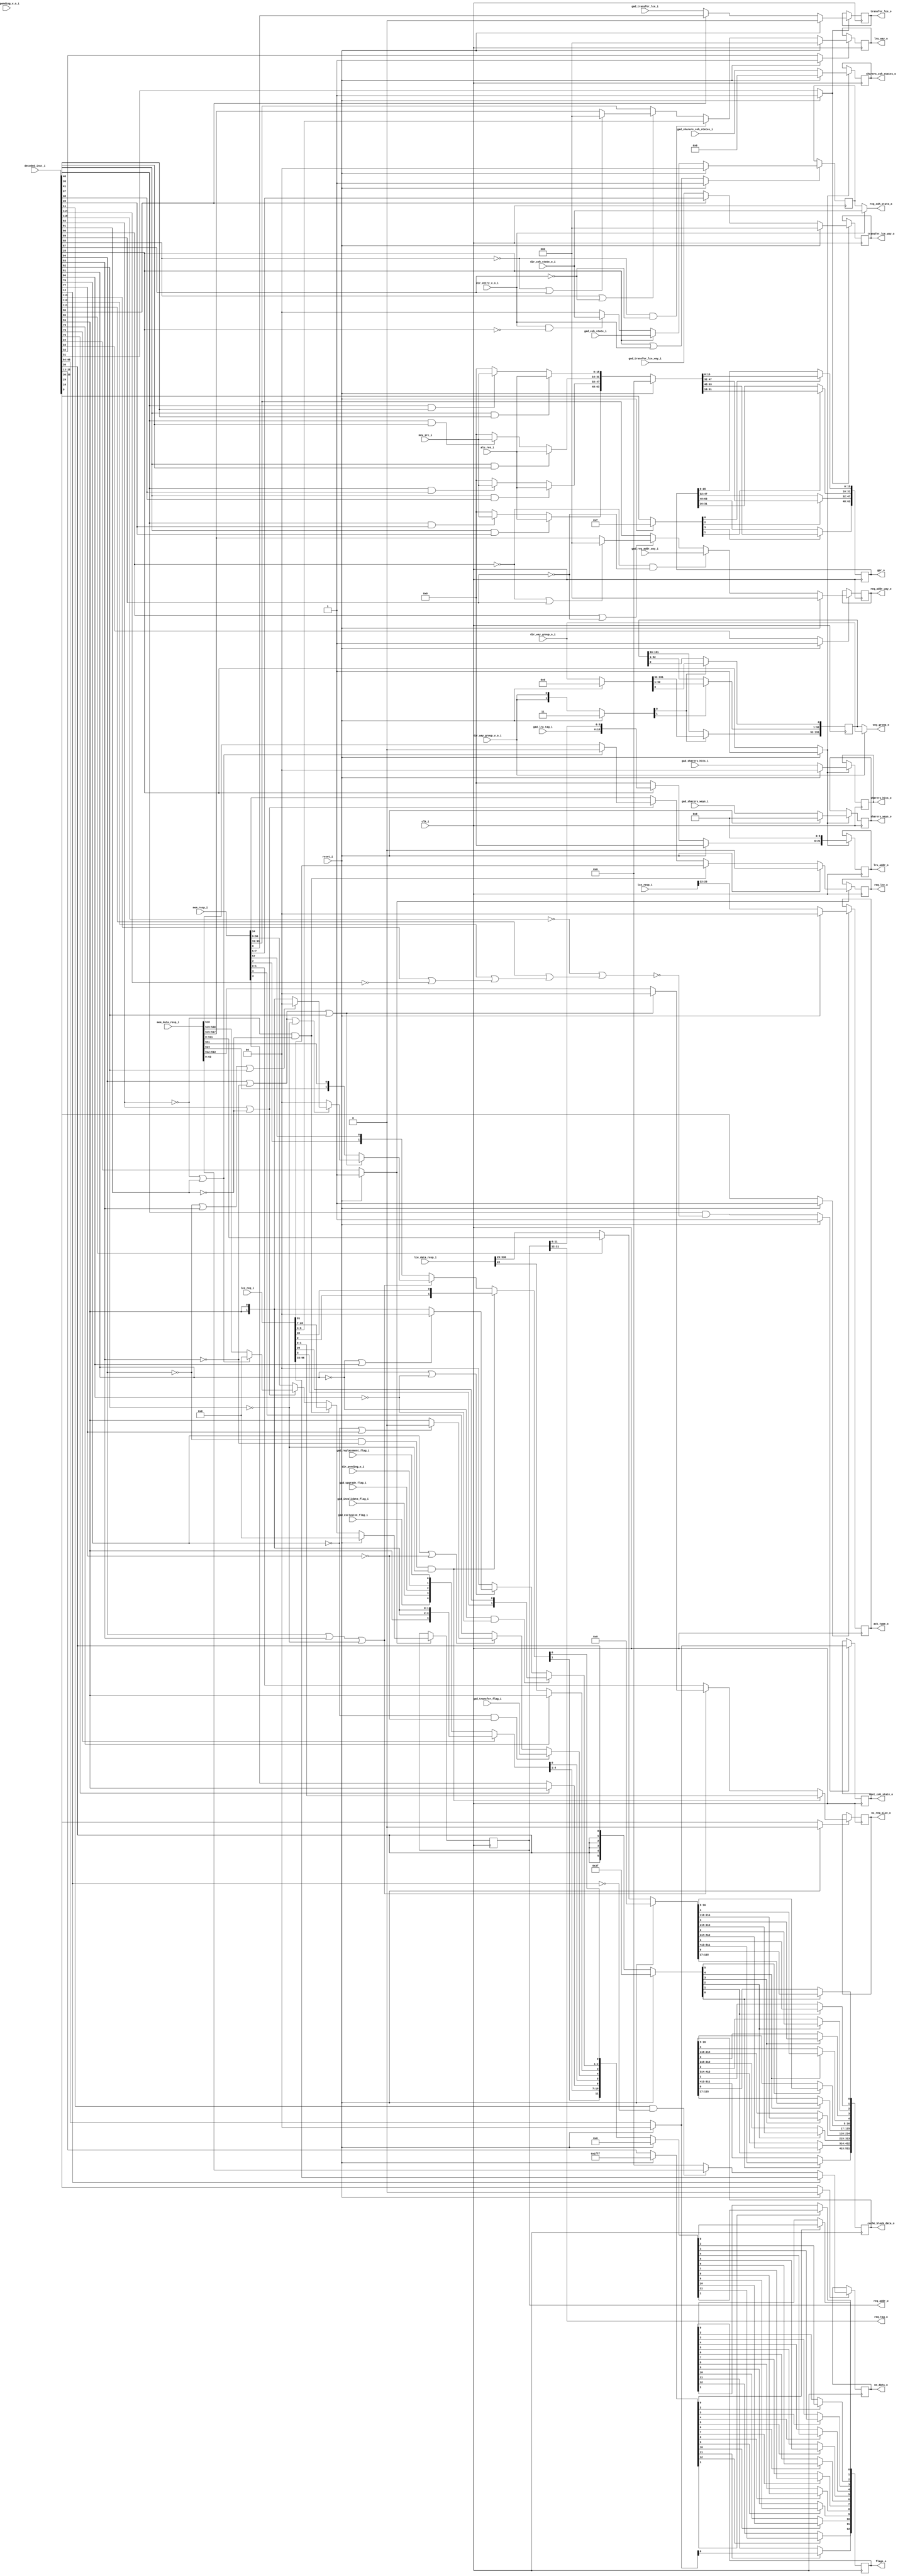
// This program was cloned from: https://github.com/NYU-MLDA/OpenABC
// License: BSD 3-Clause "New" or "Revised" License

module bp_cce_reg_num_lce_p2_num_cce_p1_addr_width_p22_lce_assoc_p8_lce_sets_p64_block_size_in_bytes_p64_lce_req_data_width_p64
(
  clk_i,
  reset_i,
  decoded_inst_i,
  lce_req_i,
  lce_data_resp_i,
  lce_resp_i,
  mem_resp_i,
  mem_data_resp_i,
  alu_res_i,
  mov_src_i,
  dir_way_group_o_i,
  dir_way_group_v_o_i,
  dir_coh_state_o_i,
  dir_entry_v_o_i,
  dir_pending_o_i,
  dir_pending_v_o_i,
  gad_sharers_hits_i,
  gad_sharers_ways_i,
  gad_sharers_coh_states_i,
  gad_req_addr_way_i,
  gad_coh_state_i,
  gad_lru_tag_i,
  gad_transfer_lce_i,
  gad_transfer_lce_way_i,
  gad_transfer_flag_i,
  gad_replacement_flag_i,
  gad_upgrade_flag_i,
  gad_invalidate_flag_i,
  gad_exclusive_flag_i,
  req_lce_o,
  req_addr_o,
  req_tag_o,
  req_addr_way_o,
  req_coh_state_o,
  lru_way_o,
  lru_addr_o,
  transfer_lce_o,
  transfer_lce_way_o,
  next_coh_state_o,
  cache_block_data_o,
  flags_o,
  gpr_o,
  ack_type_o,
  way_group_o,
  sharers_hits_o,
  sharers_ways_o,
  sharers_coh_states_o,
  nc_req_size_o,
  nc_data_o
);

  input [127:0] decoded_inst_i;
  input [96:0] lce_req_i;
  input [536:0] lce_data_resp_i;
  input [25:0] lce_resp_i;
  input [57:0] mem_resp_i;
  input [541:0] mem_data_resp_i;
  input [15:0] alu_res_i;
  input [15:0] mov_src_i;
  input [191:0] dir_way_group_o_i;
  input [1:0] dir_coh_state_o_i;
  input [1:0] gad_sharers_hits_i;
  input [5:0] gad_sharers_ways_i;
  input [3:0] gad_sharers_coh_states_i;
  input [2:0] gad_req_addr_way_i;
  input [1:0] gad_coh_state_i;
  input [9:0] gad_lru_tag_i;
  input [0:0] gad_transfer_lce_i;
  input [2:0] gad_transfer_lce_way_i;
  output [0:0] req_lce_o;
  output [21:0] req_addr_o;
  output [9:0] req_tag_o;
  output [2:0] req_addr_way_o;
  output [1:0] req_coh_state_o;
  output [2:0] lru_way_o;
  output [21:0] lru_addr_o;
  output [0:0] transfer_lce_o;
  output [2:0] transfer_lce_way_o;
  output [1:0] next_coh_state_o;
  output [511:0] cache_block_data_o;
  output [12:0] flags_o;
  output [63:0] gpr_o;
  output [1:0] ack_type_o;
  output [191:0] way_group_o;
  output [1:0] sharers_hits_o;
  output [5:0] sharers_ways_o;
  output [3:0] sharers_coh_states_o;
  output [1:0] nc_req_size_o;
  output [63:0] nc_data_o;
  input clk_i;
  input reset_i;
  input dir_way_group_v_o_i;
  input dir_entry_v_o_i;
  input dir_pending_o_i;
  input dir_pending_v_o_i;
  input gad_transfer_flag_i;
  input gad_replacement_flag_i;
  input gad_upgrade_flag_i;
  input gad_invalidate_flag_i;
  input gad_exclusive_flag_i;
  wire [9:0] req_tag_o;
  wire [1:0] req_coh_state_o,req_coh_state_n,nc_req_size_n;
  wire [191:0] way_group_o;
  wire N0,N1,N2,N3,N4,N5,N6,N7,N8,N9,N10,N11,N12,N13,N14,N15,N16,N17,N18,N19,N20,N21,
  N22,N23,N24,N25,N26,N27,N28,N29,N30,N31,N32,N33,N34,N35,N36,N37,N38,N39,N40,N41,
  N42,N43,N44,N45,N46,N47,N48,N49,N50,N51,N52,N53,N54,N55,N56,N57,N58,N59,N60,N61,
  N62,N63,N64,N65,N66,N67,N68,N69,N70,N71,N72,N73,N74,N75,N76,N77,N78,N79,N80,N81,
  N82,N83,N84,N85,N86,N87,N88,N89,N90,flags_n_12,N91,N92,N93,N94,N95,N96,N97,N98,
  N99,N100,N101,N102,N103,N104,N105,N106,N107,N108,N109,N110,N111,N112,N113,N114,
  N115,N116,N117,N118,N119,N120,N121,N122,N123,N124,N125,N126,N127,N128,N129,N130,
  N131,N132,N133,N134,N135,N136,N137,N138,N139,N140,N141,N142,N143,N144,N145,N146,
  N147,N148,N149,N150,N151,N152,N153,N154,N155,N156,N157,N158,N159,N160,N161,N162,
  N163,N164,N165,N166,N167,N168,N169,N170,N171,N172,N173,N174,N175,N176,N177,N178,
  N179,N180,N181,N182,N183,N184,N185,N186,N187,N188,N189,N190,N191,N192,N193,N194,
  N195,N196,N197,N198,N199,N200,N201,N202,N203,N204,N205,N206,N207,N208,N209,N210,
  N211,N212,N213,N214,N215,N216,N217,N218,N219,N220,N221,N222,N223,N224,N225,N226,
  N227,N228,N229,N230,N231,N232,N233,N234,N235,N236,N237,N238,N239,N240,N241,N242,
  N243,N244,N245,N246,N247,N248,N249,N250,N251,N252,N253,N254,N255,N256,N257,N258,
  N259,N260,N261,N262,N263,N264,N265,N266,N267,N268,N269,N270,N271,N272,N273,N274,
  N275,N276,N277,N278,N279,N280,N281,N282,N283,N284,N285,N286,N287,N288,N289,N290,
  N291,N292,N293,N294,N295,N296,N297,N298,N299,N300,N301,N302,N303,N304,N305,N306,
  N307,N308,N309,N310,N311,N312,N313,N314,N315,N316,N317,N318,N319,N320,N321,N322,
  N323,N324,N325,N326,N327,N328,N329,N330,N331,N332,N333,N334,N335,N336,N337,N338,
  N339,N340,N341,N342,N343,N344,N345,N346,N347,N348,N349,N350,N351,N352,N353,N354,
  N355,N356,N357,N358,N359,N360,N361,N362,N363,N364,N365,N366,N367,N368,N369,N370,
  N371,N372,N373,N374,N375,N376,N377,N378,N379,N380,N381,N382,N383,N384,N385,N386,
  N387,N388,N389,N390,N391,N392,N393,N394,N395,N396,N397,N398,N399,N400,N401,N402,
  N403,N404,N405,N406,N407,N408,N409,N410,N411,N412,N413,N414,N415,N416,N417,N418,
  N419,N420,N421,N422,N423,N424,N425,N426,N427,N428,N429,N430,N431,N432,N433,N434,
  N435,N436,N437,N438,N439,N440,N441,N442,N443,N444,N445,N446,N447,N448,N449,N450,
  N451,N452,N453,N454,N455,N456,N457,N458,N459,N460,N461,N462,N463,N464,N465,N466,
  N467,N468,N469,N470,N471,N472,N473,N474,N475,N476,N477,N478,N479,N480,N481,N482,
  N483,N484,N485,N486,N487,N488,N489,N490,N491,N492,N493,N494,N495,N496,N497,N498,
  N499,N500,N501,N502,N503,N504,N505,N506,N507,N508,N509,N510,N511,N512,N513,N514,
  N515,N516,N517,N518,N519,N520,N521,N522,N523,N524,N525,N526,N527,N528,N529,N530,
  N531,N532,N533,N534,N535,N536,N537,N538,N539,N540,N541,N542,N543,N544,N545,N546,
  N547,N548,N549,N550,N551,N552,N553,N554,N555,N556,N557,N558,N559,N560,N561,N562,
  N563,N564,N565,N566,N567,N568,N569,N570,N571,N572,N573,N574,N575,N576,N577,N578,
  N579,N580,N581,N582,N583,N584,N585,N586,N587,N588,N589,N590,N591,N592,N593,N594,
  N595,N596,N597,N598,N599,N600,N601,N602,N603,N604,N605,N606,N607,N608,N609,N610,
  N611,N612,N613,N614,N615,N616,N617,N618,N619,N620,N621,N622,N623,N624,N625,N626,
  N627,N628,N629,N630,N631,N632,N633,N634,N635,N636,N637,N638,N639,N640,N641,N642,
  N643,N644,N645,N646,N647,N648,N649,N650,N651,N652,N653,N654,N655,N656,N657,N658,
  N659,N660,N661,N662,N663,N664,N665,N666,N667,N668,N669,N670,N671,N672,N673,N674,
  N675,N676,N677,N678,N679,N680,N681,N682,N683,N684,N685,N686,N687,N688,N689,N690,
  N691,N692,N693,N694,N695,N696,N697,N698,N699,N700,N701,N702,N703,N704,N705,N706,
  N707,N708,N709,N710,N711,N712,N713,N714,N715,N716,N717,N718,N719,N720,N721,N722,
  N723,N724,N725,N726,N727,N728,N729,N730,N731,N732,N733,N734,N735,N736,N737,N738,
  N739,N740,N741,N742,N743,N744,N745,N746,N747,N748,N749,N750,N751,N752,N753,N754,
  N755,N756,N757,N758,N759,N760,N761,N762,N763,N764,N765,N766,N767,N768,N769,N770,
  N771,N772,N773,N774,N775,N776,N777,N778,N779,N780,N781,N782,N783,N784,N785,N786,
  N787,N788,N789,N790,N791,N792,N793,N794,N795,N796,N797,N798,N799,N800,N801,N802,
  N803,N804,N805,N806,N807,N808,N809,N810,N811,N812,N813,N814,N815,N816,N817,N818,
  N819,N820,N821,N822,N823,N824,N825,N826,N827,N828,N829,N830,N831,N832,N833,N834,
  N835,N836,N837,N838,N839,N840,N841,N842,N843,N844,N845,N846,N847,N848,N849,N850,
  N851,N852,N853,N854,N855,N856,N857,N858,N859,N860,N861,N862,N863,N864,N865,N866,
  N867,N868,N869,N870,N871,N872,N873,N874,N875,N876,N877,N878,N879,N880,N881,N882,
  N883,N884,N885,N886,N887,N888,N889,N890,N891,N892,N893,N894,N895,N896,N897,N898,
  N899,N900,N901,N902,N903,N904,N905,N906,N907,N908,N909,N910,N911,N912,N913,N914,
  N915,N916,N917,N918,N919,N920,N921,N922,N923,N924,N925,N926,N927,N928,N929,N930,
  N931,N932,N933,N934,N935,N936,N937,N938,N939,N940,N941,N942,N943,N944,N945,N946,
  N947,N948,N949,N950,N951,N952,N953,N954,N955,N956,N957,N958,N959,N960,N961,N962,
  N963,N964,N965,N966,N967,N968,N969,N970,N971,N972,N973,N974,N975,N976,N977,N978,
  N979,N980,N981,N982,N983,N984,N985,N986,N987,N988,N989,N990,N991,N992,N993,N994,
  N995,N996,N997,N998,N999,N1000,N1001,N1002,N1003,N1004,N1005,N1006,N1007,N1008,
  N1009,N1010,N1011,N1012,N1013,N1014,N1015,N1016,N1017,N1018,N1019,N1020,N1021,N1022,
  N1023,N1024,N1025,N1026,N1027,N1028,N1029,N1030,N1031,N1032,N1033,N1034,N1035,
  N1036,N1037,N1038,N1039,N1040,N1041,N1042,N1043,N1044,N1045,N1046,N1047,N1048,
  N1049,N1050,N1051,N1052,N1053,N1054,N1055,N1056,N1057,N1058,N1059,N1060,N1061,N1062,
  N1063,N1064,N1065,N1066,N1067,N1068,N1069,N1070,N1071,N1072,N1073,N1074,N1075,
  N1076,N1077,N1078,N1079,N1080,N1081,N1082,N1083,N1084,N1085,N1086,N1087,N1088,
  N1089,N1090,N1091,N1092,N1093,N1094,N1095,N1096,N1097,N1098,N1099,N1100,N1101,N1102,
  N1103,N1104,N1105;
  wire [0:0] req_lce_n,transfer_lce_n;
  wire [21:0] req_addr_n;
  wire [2:0] req_addr_way_n,lru_way_n,transfer_lce_way_n;
  wire [21:6] lru_addr_n;
  wire [511:0] cache_block_data_n;
  wire [10:0] flags_n;
  wire [63:0] gpr_n,nc_data_n;
  reg [1:0] nc_req_size_o,req_coh_state_r,next_coh_state_o,ack_type_o,sharers_hits_o;
  reg [0:0] req_lce_o,transfer_lce_o;
  reg [21:0] req_addr_o,lru_addr_o;
  reg [2:0] req_addr_way_o,lru_way_o,transfer_lce_way_o;
  reg [511:0] cache_block_data_o;
  reg [12:0] flags_o;
  reg [63:0] gpr_o,nc_data_o;
  reg [191:0] way_group_r;
  reg [5:0] sharers_ways_o;
  reg [3:0] sharers_coh_states_o;
  assign req_tag_o[9] = req_addr_o[21];
  assign req_tag_o[8] = req_addr_o[20];
  assign req_tag_o[7] = req_addr_o[19];
  assign req_tag_o[6] = req_addr_o[18];
  assign req_tag_o[5] = req_addr_o[17];
  assign req_tag_o[4] = req_addr_o[16];
  assign req_tag_o[3] = req_addr_o[15];
  assign req_tag_o[2] = req_addr_o[14];
  assign req_tag_o[1] = req_addr_o[13];
  assign req_tag_o[0] = req_addr_o[12];
  assign N64 = N62 & N63;
  assign N65 = decoded_inst_i[92] | N63;
  assign N67 = N62 | decoded_inst_i[91];
  assign N69 = decoded_inst_i[92] & decoded_inst_i[91];
  assign N72 = N70 & N71;
  assign N73 = decoded_inst_i[90] | N71;
  assign N75 = N70 | decoded_inst_i[89];
  assign N77 = decoded_inst_i[90] & decoded_inst_i[89];
  assign N82 = N80 & N81;
  assign N83 = decoded_inst_i[88] | N81;
  assign N85 = N80 | decoded_inst_i[87];
  assign N87 = decoded_inst_i[88] & decoded_inst_i[87];
  assign N94 = N91 & N92;
  assign N95 = N94 & N93;
  assign N96 = decoded_inst_i[84] | decoded_inst_i[83];
  assign N97 = N96 | N93;
  assign N99 = decoded_inst_i[84] | N92;
  assign N100 = N99 | decoded_inst_i[82];
  assign N102 = N99 | N93;
  assign N104 = N91 | decoded_inst_i[83];
  assign N105 = N104 | decoded_inst_i[82];
  assign N107 = decoded_inst_i[84] & decoded_inst_i[82];
  assign N108 = decoded_inst_i[84] & decoded_inst_i[83];
  assign N112 = N110 & N111;
  assign N113 = decoded_inst_i[81] | N111;
  assign N115 = N110 | decoded_inst_i[80];
  assign N117 = decoded_inst_i[81] & decoded_inst_i[80];
  assign N121 = N119 & N120;
  assign N122 = decoded_inst_i[78] | N120;
  assign N124 = N119 | decoded_inst_i[77];
  assign N126 = decoded_inst_i[78] & decoded_inst_i[77];
  assign N1099 = ~decoded_inst_i[114];
  assign N1100 = ~decoded_inst_i[110];
  assign N1101 = decoded_inst_i[113] | N1099;
  assign N1102 = decoded_inst_i[112] | N1101;
  assign N1103 = decoded_inst_i[111] | N1102;
  assign N1104 = N1100 | N1103;
  assign N1105 = ~N1104;
  assign req_coh_state_o = (N0)? dir_coh_state_o_i :
                           (N1)? req_coh_state_r : 1'b0;
  assign N0 = dir_entry_v_o_i;
  assign N1 = N60;
  assign way_group_o = (N2)? dir_way_group_o_i :
                       (N3)? way_group_r : 1'b0;
  assign N2 = dir_way_group_v_o_i;
  assign N3 = N61;
  assign req_lce_n[0] = (N4)? lce_req_i[31] :
                        (N5)? mem_resp_i[34] :
                        (N6)? mem_data_resp_i[518] :
                        (N7)? 1'b0 : 1'b0;
  assign N4 = N64;
  assign N5 = N66;
  assign N6 = N68;
  assign N7 = N69;
  assign req_addr_n = (N4)? lce_req_i[28:7] :
                      (N5)? mem_resp_i[30:9] :
                      (N6)? mem_data_resp_i[540:519] :
                      (N7)? { 1'b0, 1'b0, 1'b0, 1'b0, 1'b0, 1'b0, 1'b0, 1'b0, 1'b0, 1'b0, 1'b0, 1'b0, 1'b0, 1'b0, 1'b0, 1'b0, 1'b0, 1'b0, 1'b0, 1'b0, 1'b0, 1'b0 } : 1'b0;
  assign req_addr_way_n = (N8)? gad_req_addr_way_i :
                          (N9)? mem_resp_i[33:31] :
                          (N10)? mem_data_resp_i[517:515] :
                          (N11)? { 1'b0, 1'b0, 1'b0 } : 1'b0;
  assign N8 = N72;
  assign N9 = N74;
  assign N10 = N76;
  assign N11 = N77;
  assign req_coh_state_n = (N12)? gad_coh_state_i :
                           (N211)? dir_coh_state_o_i :
                           (N79)? { 1'b0, 1'b0 } : 1'b0;
  assign N12 = decoded_inst_i[28];
  assign lru_way_n = (N13)? lce_req_i[6:4] :
                     (N14)? mem_resp_i[33:31] :
                     (N15)? mem_data_resp_i[517:515] :
                     (N16)? { 1'b0, 1'b0, 1'b0 } : 1'b0;
  assign N13 = N82;
  assign N14 = N84;
  assign N15 = N86;
  assign N16 = N87;
  assign lru_addr_n = (N12)? { gad_lru_tag_i, req_addr_o[11:6] } :
                      (N88)? { 1'b0, 1'b0, 1'b0, 1'b0, 1'b0, 1'b0, 1'b0, 1'b0, 1'b0, 1'b0, 1'b0, 1'b0, 1'b0, 1'b0, 1'b0, 1'b0 } : 1'b0;
  assign transfer_lce_n[0] = (N17)? gad_transfer_lce_i[0] :
                             (N18)? mem_resp_i[8] : 1'b0;
  assign N17 = N89;
  assign N18 = decoded_inst_i[86];
  assign transfer_lce_way_n = (N17)? gad_transfer_lce_way_i :
                              (N18)? mem_resp_i[7:5] : 1'b0;
  assign cache_block_data_n = (N19)? lce_data_resp_i[536:25] :
                              (N20)? mem_data_resp_i[511:0] : 1'b0;
  assign N19 = N90;
  assign N20 = decoded_inst_i[85];
  assign { flags_n_12, flags_n[0:0] } = (N21)? { lce_req_i[2:2], lce_req_i[30:30] } :
                                        (N22)? { mem_resp_i[2:2], mem_resp_i[57:57] } :
                                        (N23)? { mem_data_resp_i[514:514], mem_data_resp_i[541:541] } :
                                        (N24)? { 1'b0, 1'b0 } :
                                        (N25)? { decoded_inst_i[94:94], decoded_inst_i[94:94] } :
                                        (N26)? { 1'b0, 1'b0 } : 1'b0;
  assign N21 = N95;
  assign N22 = N98;
  assign N23 = N101;
  assign N24 = N103;
  assign N25 = N106;
  assign N26 = N109;
  assign nc_req_size_n = (N21)? lce_req_i[1:0] :
                         (N22)? mem_resp_i[1:0] :
                         (N23)? mem_data_resp_i[513:512] :
                         (N24)? { 1'b0, 1'b0 } :
                         (N25)? { 1'b0, 1'b0 } :
                         (N26)? { 1'b0, 1'b0 } : 1'b0;
  assign flags_n[2:1] = (N27)? { lce_req_i[3:3], lce_req_i[29:29] } :
                        (N28)? { 1'b0, 1'b0 } :
                        (N29)? { decoded_inst_i[94:94], decoded_inst_i[94:94] } :
                        (N30)? { 1'b0, 1'b0 } : 1'b0;
  assign N27 = N112;
  assign N28 = N114;
  assign N29 = N116;
  assign N30 = N117;
  assign flags_n[3] = (N31)? lce_data_resp_i[22] :
                      (N32)? decoded_inst_i[94] : 1'b0;
  assign N31 = N118;
  assign N32 = decoded_inst_i[79];
  assign flags_n[4] = (N33)? gad_transfer_flag_i :
                      (N34)? mem_resp_i[4] :
                      (N35)? decoded_inst_i[94] :
                      (N36)? 1'b0 : 1'b0;
  assign N33 = N121;
  assign N34 = N123;
  assign N35 = N125;
  assign N36 = N126;
  assign { flags_n[10:7], flags_n[5:5] } = (N37)? { gad_exclusive_flag_i, gad_invalidate_flag_i, gad_upgrade_flag_i, dir_pending_o_i, gad_replacement_flag_i } :
                                           (N38)? { decoded_inst_i[94:94], decoded_inst_i[94:94], decoded_inst_i[94:94], decoded_inst_i[94:94], decoded_inst_i[94:94] } : 1'b0;
  assign N37 = N127;
  assign N38 = decoded_inst_i[76];
  assign flags_n[6] = (N39)? mem_resp_i[3] :
                      (N40)? decoded_inst_i[94] : 1'b0;
  assign N39 = N128;
  assign N40 = decoded_inst_i[75];
  assign { N148, N147, N146, N145, N144, N143, N142, N141, N140, N139, N138, N137, N136, N135, N134, N133 } = (N41)? mov_src_i :
                                                                                                              (N42)? { 1'b0, 1'b0, 1'b0, 1'b0, 1'b0, 1'b0, 1'b0, 1'b0, 1'b0, 1'b0, 1'b0, 1'b0, 1'b0, 1'b0, 1'b0, 1'b0 } : 1'b0;
  assign N41 = N131;
  assign N42 = N132;
  assign gpr_n[15:0] = (N43)? alu_res_i :
                       (N44)? { N148, N147, N146, N145, N144, N143, N142, N141, N140, N139, N138, N137, N136, N135, N134, N133 } : 1'b0;
  assign N43 = N129;
  assign N44 = N130;
  assign { N168, N167, N166, N165, N164, N163, N162, N161, N160, N159, N158, N157, N156, N155, N154, N153 } = (N45)? mov_src_i :
                                                                                                              (N46)? { 1'b0, 1'b0, 1'b0, 1'b0, 1'b0, 1'b0, 1'b0, 1'b0, 1'b0, 1'b0, 1'b0, 1'b0, 1'b0, 1'b0, 1'b0, 1'b0 } : 1'b0;
  assign N45 = N151;
  assign N46 = N152;
  assign gpr_n[31:16] = (N47)? alu_res_i :
                        (N48)? { N168, N167, N166, N165, N164, N163, N162, N161, N160, N159, N158, N157, N156, N155, N154, N153 } : 1'b0;
  assign N47 = N149;
  assign N48 = N150;
  assign { N188, N187, N186, N185, N184, N183, N182, N181, N180, N179, N178, N177, N176, N175, N174, N173 } = (N49)? mov_src_i :
                                                                                                              (N50)? { 1'b0, 1'b0, 1'b0, 1'b0, 1'b0, 1'b0, 1'b0, 1'b0, 1'b0, 1'b0, 1'b0, 1'b0, 1'b0, 1'b0, 1'b0, 1'b0 } : 1'b0;
  assign N49 = N171;
  assign N50 = N172;
  assign gpr_n[47:32] = (N51)? alu_res_i :
                        (N52)? { N188, N187, N186, N185, N184, N183, N182, N181, N180, N179, N178, N177, N176, N175, N174, N173 } : 1'b0;
  assign N51 = N169;
  assign N52 = N170;
  assign { N208, N207, N206, N205, N204, N203, N202, N201, N200, N199, N198, N197, N196, N195, N194, N193 } = (N53)? mov_src_i :
                                                                                                              (N54)? { 1'b0, 1'b0, 1'b0, 1'b0, 1'b0, 1'b0, 1'b0, 1'b0, 1'b0, 1'b0, 1'b0, 1'b0, 1'b0, 1'b0, 1'b0, 1'b0 } : 1'b0;
  assign N53 = N191;
  assign N54 = N192;
  assign gpr_n[63:48] = (N55)? alu_res_i :
                        (N56)? { N208, N207, N206, N205, N204, N203, N202, N201, N200, N199, N198, N197, N196, N195, N194, N193 } : 1'b0;
  assign N55 = N189;
  assign N56 = N190;
  assign nc_data_n = (N57)? lce_req_i[96:33] :
                     (N213)? mem_data_resp_i[63:0] :
                     (N210)? { 1'b0, 1'b0, 1'b0, 1'b0, 1'b0, 1'b0, 1'b0, 1'b0, 1'b0, 1'b0, 1'b0, 1'b0, 1'b0, 1'b0, 1'b0, 1'b0, 1'b0, 1'b0, 1'b0, 1'b0, 1'b0, 1'b0, 1'b0, 1'b0, 1'b0, 1'b0, 1'b0, 1'b0, 1'b0, 1'b0, 1'b0, 1'b0, 1'b0, 1'b0, 1'b0, 1'b0, 1'b0, 1'b0, 1'b0, 1'b0, 1'b0, 1'b0, 1'b0, 1'b0, 1'b0, 1'b0, 1'b0, 1'b0, 1'b0, 1'b0, 1'b0, 1'b0, 1'b0, 1'b0, 1'b0, 1'b0, 1'b0, 1'b0, 1'b0, 1'b0, 1'b0, 1'b0, 1'b0, 1'b0 } : 1'b0;
  assign N57 = decoded_inst_i[12];
  assign N217 = (N58)? 1'b1 :
                (N59)? decoded_inst_i[34] : 1'b0;
  assign N58 = reset_i;
  assign N59 = N214;
  assign N218 = (N58)? 1'b0 :
                (N59)? req_lce_n[0] : 1'b0;
  assign { N240, N239, N238, N237, N236, N235, N234, N233, N232, N231, N230, N229, N228, N227, N226, N225, N224, N223, N222, N221, N220, N219 } = (N58)? { 1'b0, 1'b0, 1'b0, 1'b0, 1'b0, 1'b0, 1'b0, 1'b0, 1'b0, 1'b0, 1'b0, 1'b0, 1'b0, 1'b0, 1'b0, 1'b0, 1'b0, 1'b0, 1'b0, 1'b0, 1'b0, 1'b0 } :
                                                                                                                                                  (N59)? req_addr_n : 1'b0;
  assign N241 = (N58)? 1'b1 :
                (N59)? decoded_inst_i[33] : 1'b0;
  assign { N244, N243, N242 } = (N58)? { 1'b0, 1'b0, 1'b0 } :
                                (N59)? req_addr_way_n : 1'b0;
  assign N245 = (N58)? 1'b1 :
                (N59)? N215 : 1'b0;
  assign { N247, N246 } = (N58)? { 1'b0, 1'b0 } :
                          (N59)? req_coh_state_n : 1'b0;
  assign N248 = (N58)? 1'b1 :
                (N59)? decoded_inst_i[32] : 1'b0;
  assign { N251, N250, N249 } = (N58)? { 1'b0, 1'b0, 1'b0 } :
                                (N59)? lru_way_n : 1'b0;
  assign N252 = (N58)? 1'b1 :
                (N59)? decoded_inst_i[28] : 1'b0;
  assign { N268, N267, N266, N265, N264, N263, N262, N261, N260, N259, N258, N257, N256, N255, N254, N253 } = (N58)? { 1'b0, 1'b0, 1'b0, 1'b0, 1'b0, 1'b0, 1'b0, 1'b0, 1'b0, 1'b0, 1'b0, 1'b0, 1'b0, 1'b0, 1'b0, 1'b0 } :
                                                                                                              (N59)? lru_addr_n : 1'b0;
  assign N269 = (N58)? 1'b1 :
                (N59)? decoded_inst_i[31] : 1'b0;
  assign N270 = (N58)? 1'b0 :
                (N59)? transfer_lce_n[0] : 1'b0;
  assign { N273, N272, N271 } = (N58)? { 1'b0, 1'b0, 1'b0 } :
                                (N59)? transfer_lce_way_n : 1'b0;
  assign N274 = (N58)? 1'b1 :
                (N59)? N216 : 1'b0;
  assign { N276, N275 } = (N58)? { 1'b0, 1'b0 } :
                          (N59)? decoded_inst_i[95:94] : 1'b0;
  assign { N287, N285, N283, N281, N279, N277 } = (N58)? { 1'b1, 1'b1, 1'b1, 1'b1, 1'b1, 1'b1 } :
                                                  (N59)? { decoded_inst_i[30:30], decoded_inst_i[30:30], decoded_inst_i[30:30], decoded_inst_i[30:30], decoded_inst_i[30:30], decoded_inst_i[30:30] } : 1'b0;
  assign { N794, N793, N792, N791, N790, N789, N788, N787, N786, N785, N784, N783, N782, N781, N780, N779, N778, N777, N776, N775, N774, N773, N772, N771, N770, N769, N768, N767, N766, N765, N764, N763, N762, N761, N760, N759, N758, N757, N756, N755, N754, N753, N752, N751, N750, N749, N748, N747, N746, N745, N744, N743, N742, N741, N740, N739, N738, N737, N736, N735, N734, N733, N732, N731, N730, N729, N728, N727, N726, N725, N724, N723, N722, N721, N720, N719, N718, N717, N716, N715, N714, N713, N712, N711, N710, N709, N708, N707, N706, N705, N704, N703, N702, N701, N700, N699, N698, N697, N696, N695, N694, N693, N692, N691, N690, N689, N688, N687, N686, N685, N684, N683, N682, N681, N680, N679, N678, N677, N676, N675, N674, N673, N672, N671, N670, N669, N668, N667, N666, N665, N664, N663, N662, N661, N660, N659, N658, N657, N656, N655, N654, N653, N652, N651, N650, N649, N648, N647, N646, N645, N644, N643, N642, N641, N640, N639, N638, N637, N636, N635, N634, N633, N632, N631, N630, N629, N628, N627, N626, N625, N624, N623, N622, N621, N620, N619, N618, N617, N616, N615, N614, N613, N612, N611, N610, N609, N608, N607, N606, N605, N604, N603, N602, N601, N600, N599, N598, N597, N596, N595, N594, N593, N592, N591, N590, N589, N588, N587, N586, N585, N584, N583, N582, N581, N580, N579, N578, N577, N576, N575, N574, N573, N572, N571, N570, N569, N568, N567, N566, N565, N564, N563, N562, N561, N560, N559, N558, N557, N556, N555, N554, N553, N552, N551, N550, N549, N548, N547, N546, N545, N544, N543, N542, N541, N540, N539, N538, N537, N536, N535, N534, N533, N532, N531, N530, N529, N528, N527, N526, N525, N524, N523, N522, N521, N520, N519, N518, N517, N516, N515, N514, N513, N512, N511, N510, N509, N508, N507, N506, N505, N504, N503, N502, N501, N500, N499, N498, N497, N496, N495, N494, N493, N492, N491, N490, N489, N488, N487, N486, N485, N484, N483, N482, N481, N480, N479, N478, N477, N476, N475, N474, N473, N472, N471, N470, N469, N468, N467, N466, N465, N464, N463, N462, N461, N460, N459, N458, N457, N456, N455, N454, N453, N452, N451, N450, N449, N448, N447, N446, N445, N444, N443, N442, N441, N440, N439, N438, N437, N436, N435, N434, N433, N432, N431, N430, N429, N428, N427, N426, N425, N424, N423, N422, N421, N420, N419, N418, N417, N416, N415, N414, N413, N412, N411, N410, N409, N408, N407, N406, N405, N404, N403, N402, N401, N400, N399, N398, N397, N396, N395, N394, N393, N392, N391, N390, N389, N388, N387, N386, N385, N384, N383, N382, N381, N380, N379, N378, N377, N376, N375, N374, N373, N372, N371, N370, N369, N368, N367, N366, N365, N364, N363, N362, N361, N360, N359, N358, N357, N356, N355, N354, N353, N352, N351, N350, N349, N348, N347, N346, N345, N344, N343, N342, N341, N340, N339, N338, N337, N336, N335, N334, N333, N332, N331, N330, N329, N328, N327, N326, N325, N324, N323, N322, N321, N320, N319, N318, N317, N316, N315, N314, N313, N312, N311, N310, N309, N308, N307, N306, N305, N304, N303, N302, N301, N300, N299, N298, N297, N296, N295, N294, N293, N292, N291, N290, N289, N288, N286, N284, N282, N280, N278 } = (N58)? { 1'b0, 1'b0, 1'b0, 1'b0, 1'b0, 1'b0, 1'b0, 1'b0, 1'b0, 1'b0, 1'b0, 1'b0, 1'b0, 1'b0, 1'b0, 1'b0, 1'b0, 1'b0, 1'b0, 1'b0, 1'b0, 1'b0, 1'b0, 1'b0, 1'b0, 1'b0, 1'b0, 1'b0, 1'b0, 1'b0, 1'b0, 1'b0, 1'b0, 1'b0, 1'b0, 1'b0, 1'b0, 1'b0, 1'b0, 1'b0, 1'b0, 1'b0, 1'b0, 1'b0, 1'b0, 1'b0, 1'b0, 1'b0, 1'b0, 1'b0, 1'b0, 1'b0, 1'b0, 1'b0, 1'b0, 1'b0, 1'b0, 1'b0, 1'b0, 1'b0, 1'b0, 1'b0, 1'b0, 1'b0, 1'b0, 1'b0, 1'b0, 1'b0, 1'b0, 1'b0, 1'b0, 1'b0, 1'b0, 1'b0, 1'b0, 1'b0, 1'b0, 1'b0, 1'b0, 1'b0, 1'b0, 1'b0, 1'b0, 1'b0, 1'b0, 1'b0, 1'b0, 1'b0, 1'b0, 1'b0, 1'b0, 1'b0, 1'b0, 1'b0, 1'b0, 1'b0, 1'b0, 1'b0, 1'b0, 1'b0, 1'b0, 1'b0, 1'b0, 1'b0, 1'b0, 1'b0, 1'b0, 1'b0, 1'b0, 1'b0, 1'b0, 1'b0, 1'b0, 1'b0, 1'b0, 1'b0, 1'b0, 1'b0, 1'b0, 1'b0, 1'b0, 1'b0, 1'b0, 1'b0, 1'b0, 1'b0, 1'b0, 1'b0, 1'b0, 1'b0, 1'b0, 1'b0, 1'b0, 1'b0, 1'b0, 1'b0, 1'b0, 1'b0, 1'b0, 1'b0, 1'b0, 1'b0, 1'b0, 1'b0, 1'b0, 1'b0, 1'b0, 1'b0, 1'b0, 1'b0, 1'b0, 1'b0, 1'b0, 1'b0, 1'b0, 1'b0, 1'b0, 1'b0, 1'b0, 1'b0, 1'b0, 1'b0, 1'b0, 1'b0, 1'b0, 1'b0, 1'b0, 1'b0, 1'b0, 1'b0, 1'b0, 1'b0, 1'b0, 1'b0, 1'b0, 1'b0, 1'b0, 1'b0, 1'b0, 1'b0, 1'b0, 1'b0, 1'b0, 1'b0, 1'b0, 1'b0, 1'b0, 1'b0, 1'b0, 1'b0, 1'b0, 1'b0, 1'b0, 1'b0, 1'b0, 1'b0, 1'b0, 1'b0, 1'b0, 1'b0, 1'b0, 1'b0, 1'b0, 1'b0, 1'b0, 1'b0, 1'b0, 1'b0, 1'b0, 1'b0, 1'b0, 1'b0, 1'b0, 1'b0, 1'b0, 1'b0, 1'b0, 1'b0, 1'b0, 1'b0, 1'b0, 1'b0, 1'b0, 1'b0, 1'b0, 1'b0, 1'b0, 1'b0, 1'b0, 1'b0, 1'b0, 1'b0, 1'b0, 1'b0, 1'b0, 1'b0, 1'b0, 1'b0, 1'b0, 1'b0, 1'b0, 1'b0, 1'b0, 1'b0, 1'b0, 1'b0, 1'b0, 1'b0, 1'b0, 1'b0, 1'b0, 1'b0, 1'b0, 1'b0, 1'b0, 1'b0, 1'b0, 1'b0, 1'b0, 1'b0, 1'b0, 1'b0, 1'b0, 1'b0, 1'b0, 1'b0, 1'b0, 1'b0, 1'b0, 1'b0, 1'b0, 1'b0, 1'b0, 1'b0, 1'b0, 1'b0, 1'b0, 1'b0, 1'b0, 1'b0, 1'b0, 1'b0, 1'b0, 1'b0, 1'b0, 1'b0, 1'b0, 1'b0, 1'b0, 1'b0, 1'b0, 1'b0, 1'b0, 1'b0, 1'b0, 1'b0, 1'b0, 1'b0, 1'b0, 1'b0, 1'b0, 1'b0, 1'b0, 1'b0, 1'b0, 1'b0, 1'b0, 1'b0, 1'b0, 1'b0, 1'b0, 1'b0, 1'b0, 1'b0, 1'b0, 1'b0, 1'b0, 1'b0, 1'b0, 1'b0, 1'b0, 1'b0, 1'b0, 1'b0, 1'b0, 1'b0, 1'b0, 1'b0, 1'b0, 1'b0, 1'b0, 1'b0, 1'b0, 1'b0, 1'b0, 1'b0, 1'b0, 1'b0, 1'b0, 1'b0, 1'b0, 1'b0, 1'b0, 1'b0, 1'b0, 1'b0, 1'b0, 1'b0, 1'b0, 1'b0, 1'b0, 1'b0, 1'b0, 1'b0, 1'b0, 1'b0, 1'b0, 1'b0, 1'b0, 1'b0, 1'b0, 1'b0, 1'b0, 1'b0, 1'b0, 1'b0, 1'b0, 1'b0, 1'b0, 1'b0, 1'b0, 1'b0, 1'b0, 1'b0, 1'b0, 1'b0, 1'b0, 1'b0, 1'b0, 1'b0, 1'b0, 1'b0, 1'b0, 1'b0, 1'b0, 1'b0, 1'b0, 1'b0, 1'b0, 1'b0, 1'b0, 1'b0, 1'b0, 1'b0, 1'b0, 1'b0, 1'b0, 1'b0, 1'b0, 1'b0, 1'b0, 1'b0, 1'b0, 1'b0, 1'b0, 1'b0, 1'b0, 1'b0, 1'b0, 1'b0, 1'b0, 1'b0, 1'b0, 1'b0, 1'b0, 1'b0, 1'b0, 1'b0, 1'b0, 1'b0, 1'b0, 1'b0, 1'b0, 1'b0, 1'b0, 1'b0, 1'b0, 1'b0, 1'b0, 1'b0, 1'b0, 1'b0, 1'b0, 1'b0, 1'b0, 1'b0, 1'b0, 1'b0, 1'b0, 1'b0, 1'b0, 1'b0, 1'b0, 1'b0, 1'b0, 1'b0, 1'b0, 1'b0, 1'b0, 1'b0, 1'b0, 1'b0, 1'b0, 1'b0, 1'b0, 1'b0, 1'b0, 1'b0, 1'b0, 1'b0, 1'b0, 1'b0, 1'b0, 1'b0, 1'b0, 1'b0, 1'b0, 1'b0, 1'b0, 1'b0, 1'b0, 1'b0, 1'b0, 1'b0, 1'b0, 1'b0, 1'b0, 1'b0, 1'b0, 1'b0, 1'b0, 1'b0, 1'b0, 1'b0, 1'b0, 1'b0, 1'b0, 1'b0, 1'b0, 1'b0, 1'b0, 1'b0, 1'b0, 1'b0, 1'b0, 1'b0, 1'b0, 1'b0, 1'b0, 1'b0, 1'b0, 1'b0, 1'b0, 1'b0, 1'b0, 1'b0, 1'b0, 1'b0, 1'b0, 1'b0, 1'b0, 1'b0 } :
                                                                                                                                                                                                                                                                                                                                                                                                                                                                                                                                                                                                                                                                                                                                                                                                                                                                                                                                                                                                                                                                                                                                                                                                                                                                                                                                                                                                                                                                                                                                                                                                                                                                                                                                                                                                                                                                                                                                                                                                                                                                                                                                                                                                                                                                                                                                                                                                                                                                                                                                                                                                                                                                                                                                                                                                                                                                                                                                                                                                                                                                                                                                                                                                              (N59)? cache_block_data_n : 1'b0;
  assign { N818, N817, N815, N813, N811, N809, N807, N805, N803, N801, N799, N797, N795 } = (N58)? { 1'b1, 1'b1, 1'b1, 1'b1, 1'b1, 1'b1, 1'b1, 1'b1, 1'b1, 1'b1, 1'b1, 1'b1, 1'b1 } :
                                                                                            (N59)? decoded_inst_i[25:13] : 1'b0;
  assign { N819, N816, N814, N812, N810, N808, N806, N804, N802, N800, N798, N796 } = (N58)? { 1'b0, 1'b0, 1'b0, 1'b0, 1'b0, 1'b0, 1'b0, 1'b0, 1'b0, 1'b0, 1'b0, 1'b0 } :
                                                                                      (N59)? { flags_n_12, flags_n } : 1'b0;
  assign { N871, N854, N837, N820 } = (N58)? { 1'b1, 1'b1, 1'b1, 1'b1 } :
                                      (N59)? decoded_inst_i[39:36] : 1'b0;
  assign { N887, N886, N885, N884, N883, N882, N881, N880, N879, N878, N877, N876, N875, N874, N873, N872, N870, N869, N868, N867, N866, N865, N864, N863, N862, N861, N860, N859, N858, N857, N856, N855, N853, N852, N851, N850, N849, N848, N847, N846, N845, N844, N843, N842, N841, N840, N839, N838, N836, N835, N834, N833, N832, N831, N830, N829, N828, N827, N826, N825, N824, N823, N822, N821 } = (N58)? { 1'b0, 1'b0, 1'b0, 1'b0, 1'b0, 1'b0, 1'b0, 1'b0, 1'b0, 1'b0, 1'b0, 1'b0, 1'b0, 1'b0, 1'b0, 1'b0, 1'b0, 1'b0, 1'b0, 1'b0, 1'b0, 1'b0, 1'b0, 1'b0, 1'b0, 1'b0, 1'b0, 1'b0, 1'b0, 1'b0, 1'b0, 1'b0, 1'b0, 1'b0, 1'b0, 1'b0, 1'b0, 1'b0, 1'b0, 1'b0, 1'b0, 1'b0, 1'b0, 1'b0, 1'b0, 1'b0, 1'b0, 1'b0, 1'b0, 1'b0, 1'b0, 1'b0, 1'b0, 1'b0, 1'b0, 1'b0, 1'b0, 1'b0, 1'b0, 1'b0, 1'b0, 1'b0, 1'b0, 1'b0 } :
                                                                                                                                                                                                                                                                                                                                                                                                              (N59)? gpr_n : 1'b0;
  assign N888 = (N58)? 1'b1 :
                (N59)? decoded_inst_i[29] : 1'b0;
  assign { N890, N889 } = (N58)? { 1'b0, 1'b0 } :
                          (N59)? lce_resp_i[23:22] : 1'b0;
  assign { N893, N891 } = (N58)? { 1'b1, 1'b1 } :
                          (N59)? { dir_way_group_v_o_i, dir_way_group_v_o_i } : 1'b0;
  assign { N1084, N1083, N1082, N1081, N1080, N1079, N1078, N1077, N1076, N1075, N1074, N1073, N1072, N1071, N1070, N1069, N1068, N1067, N1066, N1065, N1064, N1063, N1062, N1061, N1060, N1059, N1058, N1057, N1056, N1055, N1054, N1053, N1052, N1051, N1050, N1049, N1048, N1047, N1046, N1045, N1044, N1043, N1042, N1041, N1040, N1039, N1038, N1037, N1036, N1035, N1034, N1033, N1032, N1031, N1030, N1029, N1028, N1027, N1026, N1025, N1024, N1023, N1022, N1021, N1020, N1019, N1018, N1017, N1016, N1015, N1014, N1013, N1012, N1011, N1010, N1009, N1008, N1007, N1006, N1005, N1004, N1003, N1002, N1001, N1000, N999, N998, N997, N996, N995, N994, N993, N992, N991, N990, N989, N988, N987, N986, N985, N984, N983, N982, N981, N980, N979, N978, N977, N976, N975, N974, N973, N972, N971, N970, N969, N968, N967, N966, N965, N964, N963, N962, N961, N960, N959, N958, N957, N956, N955, N954, N953, N952, N951, N950, N949, N948, N947, N946, N945, N944, N943, N942, N941, N940, N939, N938, N937, N936, N935, N934, N933, N932, N931, N930, N929, N928, N927, N926, N925, N924, N923, N922, N921, N920, N919, N918, N917, N916, N915, N914, N913, N912, N911, N910, N909, N908, N907, N906, N905, N904, N903, N902, N901, N900, N899, N898, N897, N896, N895, N894, N892 } = (N58)? { 1'b0, 1'b0, 1'b0, 1'b0, 1'b0, 1'b0, 1'b0, 1'b0, 1'b0, 1'b0, 1'b0, 1'b0, 1'b0, 1'b0, 1'b0, 1'b0, 1'b0, 1'b0, 1'b0, 1'b0, 1'b0, 1'b0, 1'b0, 1'b0, 1'b0, 1'b0, 1'b0, 1'b0, 1'b0, 1'b0, 1'b0, 1'b0, 1'b0, 1'b0, 1'b0, 1'b0, 1'b0, 1'b0, 1'b0, 1'b0, 1'b0, 1'b0, 1'b0, 1'b0, 1'b0, 1'b0, 1'b0, 1'b0, 1'b0, 1'b0, 1'b0, 1'b0, 1'b0, 1'b0, 1'b0, 1'b0, 1'b0, 1'b0, 1'b0, 1'b0, 1'b0, 1'b0, 1'b0, 1'b0, 1'b0, 1'b0, 1'b0, 1'b0, 1'b0, 1'b0, 1'b0, 1'b0, 1'b0, 1'b0, 1'b0, 1'b0, 1'b0, 1'b0, 1'b0, 1'b0, 1'b0, 1'b0, 1'b0, 1'b0, 1'b0, 1'b0, 1'b0, 1'b0, 1'b0, 1'b0, 1'b0, 1'b0, 1'b0, 1'b0, 1'b0, 1'b0, 1'b0, 1'b0, 1'b0, 1'b0, 1'b0, 1'b0, 1'b0, 1'b0, 1'b0, 1'b0, 1'b0, 1'b0, 1'b0, 1'b0, 1'b0, 1'b0, 1'b0, 1'b0, 1'b0, 1'b0, 1'b0, 1'b0, 1'b0, 1'b0, 1'b0, 1'b0, 1'b0, 1'b0, 1'b0, 1'b0, 1'b0, 1'b0, 1'b0, 1'b0, 1'b0, 1'b0, 1'b0, 1'b0, 1'b0, 1'b0, 1'b0, 1'b0, 1'b0, 1'b0, 1'b0, 1'b0, 1'b0, 1'b0, 1'b0, 1'b0, 1'b0, 1'b0, 1'b0, 1'b0, 1'b0, 1'b0, 1'b0, 1'b0, 1'b0, 1'b0, 1'b0, 1'b0, 1'b0, 1'b0, 1'b0, 1'b0, 1'b0, 1'b0, 1'b0, 1'b0, 1'b0, 1'b0, 1'b0, 1'b0, 1'b0, 1'b0, 1'b0, 1'b0, 1'b0, 1'b0, 1'b0, 1'b0, 1'b0, 1'b0, 1'b0, 1'b0, 1'b0, 1'b0, 1'b0, 1'b0, 1'b0, 1'b0, 1'b0, 1'b0, 1'b0, 1'b0 } :
                                                                                                                                                                                                                                                                                                                                                                                                                                                                                                                                                                                                                                                                                                                                                                                                                                                                                                                                                                                                                                                                                                                                                                                                                                                                                                   (N59)? dir_way_group_o_i : 1'b0;
  assign { N1086, N1085 } = (N58)? { 1'b0, 1'b0 } :
                            (N59)? gad_sharers_hits_i : 1'b0;
  assign { N1092, N1091, N1090, N1089, N1088, N1087 } = (N58)? { 1'b0, 1'b0, 1'b0, 1'b0, 1'b0, 1'b0 } :
                                                        (N59)? gad_sharers_ways_i : 1'b0;
  assign { N1096, N1095, N1094, N1093 } = (N58)? { 1'b0, 1'b0, 1'b0, 1'b0 } :
                                          (N59)? gad_sharers_coh_states_i : 1'b0;
  assign N1097 = (N58)? 1'b0 :
                 (N59)? decoded_inst_i[10] : 1'b0;
  assign N1098 = (N58)? 1'b0 :
                 (N59)? decoded_inst_i[9] : 1'b0;
  assign N60 = ~dir_entry_v_o_i;
  assign N61 = ~dir_way_group_v_o_i;
  assign N62 = ~decoded_inst_i[92];
  assign N63 = ~decoded_inst_i[91];
  assign N66 = ~N65;
  assign N68 = ~N67;
  assign N70 = ~decoded_inst_i[90];
  assign N71 = ~decoded_inst_i[89];
  assign N74 = ~N73;
  assign N76 = ~N75;
  assign N78 = dir_entry_v_o_i | decoded_inst_i[28];
  assign N79 = ~N78;
  assign N80 = ~decoded_inst_i[88];
  assign N81 = ~decoded_inst_i[87];
  assign N84 = ~N83;
  assign N86 = ~N85;
  assign N88 = ~decoded_inst_i[28];
  assign N89 = ~decoded_inst_i[86];
  assign N90 = ~decoded_inst_i[85];
  assign N91 = ~decoded_inst_i[84];
  assign N92 = ~decoded_inst_i[83];
  assign N93 = ~decoded_inst_i[82];
  assign N98 = ~N97;
  assign N101 = ~N100;
  assign N103 = ~N102;
  assign N106 = ~N105;
  assign N109 = N107 | N108;
  assign N110 = ~decoded_inst_i[81];
  assign N111 = ~decoded_inst_i[80];
  assign N114 = ~N113;
  assign N116 = ~N115;
  assign N118 = ~decoded_inst_i[79];
  assign N119 = ~decoded_inst_i[78];
  assign N120 = ~decoded_inst_i[77];
  assign N123 = ~N122;
  assign N125 = ~N124;
  assign N127 = ~decoded_inst_i[76];
  assign N128 = ~decoded_inst_i[75];
  assign N129 = decoded_inst_i[40] & decoded_inst_i[36];
  assign N130 = ~N129;
  assign N131 = decoded_inst_i[41] & decoded_inst_i[36];
  assign N132 = ~N131;
  assign N149 = decoded_inst_i[40] & decoded_inst_i[37];
  assign N150 = ~N149;
  assign N151 = decoded_inst_i[41] & decoded_inst_i[37];
  assign N152 = ~N151;
  assign N169 = decoded_inst_i[40] & decoded_inst_i[38];
  assign N170 = ~N169;
  assign N171 = decoded_inst_i[41] & decoded_inst_i[38];
  assign N172 = ~N171;
  assign N189 = decoded_inst_i[40] & decoded_inst_i[39];
  assign N190 = ~N189;
  assign N191 = decoded_inst_i[41] & decoded_inst_i[39];
  assign N192 = ~N191;
  assign N209 = decoded_inst_i[11] | decoded_inst_i[12];
  assign N210 = ~N209;
  assign N211 = dir_entry_v_o_i & N88;
  assign N212 = ~decoded_inst_i[12];
  assign N213 = decoded_inst_i[11] & N212;
  assign N214 = ~reset_i;
  assign N215 = decoded_inst_i[28] | dir_entry_v_o_i;
  assign N216 = decoded_inst_i[41] & N1105;

  always @(posedge clk_i) begin
    if(N1098) begin
      { nc_req_size_o[1:0] } <= { nc_req_size_n[1:0] };
    end
    if(N217) begin
      { req_lce_o[0:0] } <= { N218 };
      { req_addr_o[21:0] } <= { N240, N239, N238, N237, N236, N235, N234, N233, N232, N231, N230, N229, N228, N227, N226, N225, N224, N223, N222, N221, N220, N219 };
    end
    if(N241) begin
      { req_addr_way_o[2:0] } <= { N244, N243, N242 };
    end
    if(N245) begin
      { req_coh_state_r[1:0] } <= { N247, N246 };
    end
    if(N248) begin
      { lru_way_o[2:0] } <= { N251, N250, N249 };
    end
    if(N252) begin
      { lru_addr_o[21:0] } <= { N268, N267, N266, N265, N264, N263, N262, N261, N260, N259, N258, N257, N256, N255, N254, N253, 1'b0, 1'b0, 1'b0, 1'b0, 1'b0, 1'b0 };
      { sharers_hits_o[1:0] } <= { N1086, N1085 };
      { sharers_ways_o[5:0] } <= { N1092, N1091, N1090, N1089, N1088, N1087 };
      { sharers_coh_states_o[3:0] } <= { N1096, N1095, N1094, N1093 };
    end
    if(N269) begin
      { transfer_lce_o[0:0] } <= { N270 };
      { transfer_lce_way_o[2:0] } <= { N273, N272, N271 };
    end
    if(N274) begin
      { next_coh_state_o[1:0] } <= { N276, N275 };
    end
    if(N277) begin
      { cache_block_data_o[511:413], cache_block_data_o[0:0] } <= { N794, N793, N792, N791, N790, N789, N788, N787, N786, N785, N784, N783, N782, N781, N780, N779, N778, N777, N776, N775, N774, N773, N772, N771, N770, N769, N768, N767, N766, N765, N764, N763, N762, N761, N760, N759, N758, N757, N756, N755, N754, N753, N752, N751, N750, N749, N748, N747, N746, N745, N744, N743, N742, N741, N740, N739, N738, N737, N736, N735, N734, N733, N732, N731, N730, N729, N728, N727, N726, N725, N724, N723, N722, N721, N720, N719, N718, N717, N716, N715, N714, N713, N712, N711, N710, N709, N708, N707, N706, N705, N704, N703, N702, N701, N700, N699, N698, N697, N696, N278 };
    end
    if(N279) begin
      { cache_block_data_o[412:314], cache_block_data_o[1:1] } <= { N695, N694, N693, N692, N691, N690, N689, N688, N687, N686, N685, N684, N683, N682, N681, N680, N679, N678, N677, N676, N675, N674, N673, N672, N671, N670, N669, N668, N667, N666, N665, N664, N663, N662, N661, N660, N659, N658, N657, N656, N655, N654, N653, N652, N651, N650, N649, N648, N647, N646, N645, N644, N643, N642, N641, N640, N639, N638, N637, N636, N635, N634, N633, N632, N631, N630, N629, N628, N627, N626, N625, N624, N623, N622, N621, N620, N619, N618, N617, N616, N615, N614, N613, N612, N611, N610, N609, N608, N607, N606, N605, N604, N603, N602, N601, N600, N599, N598, N597, N280 };
    end
    if(N281) begin
      { cache_block_data_o[313:215], cache_block_data_o[2:2] } <= { N596, N595, N594, N593, N592, N591, N590, N589, N588, N587, N586, N585, N584, N583, N582, N581, N580, N579, N578, N577, N576, N575, N574, N573, N572, N571, N570, N569, N568, N567, N566, N565, N564, N563, N562, N561, N560, N559, N558, N557, N556, N555, N554, N553, N552, N551, N550, N549, N548, N547, N546, N545, N544, N543, N542, N541, N540, N539, N538, N537, N536, N535, N534, N533, N532, N531, N530, N529, N528, N527, N526, N525, N524, N523, N522, N521, N520, N519, N518, N517, N516, N515, N514, N513, N512, N511, N510, N509, N508, N507, N506, N505, N504, N503, N502, N501, N500, N499, N498, N282 };
    end
    if(N283) begin
      { cache_block_data_o[214:116], cache_block_data_o[3:3] } <= { N497, N496, N495, N494, N493, N492, N491, N490, N489, N488, N487, N486, N485, N484, N483, N482, N481, N480, N479, N478, N477, N476, N475, N474, N473, N472, N471, N470, N469, N468, N467, N466, N465, N464, N463, N462, N461, N460, N459, N458, N457, N456, N455, N454, N453, N452, N451, N450, N449, N448, N447, N446, N445, N444, N443, N442, N441, N440, N439, N438, N437, N436, N435, N434, N433, N432, N431, N430, N429, N428, N427, N426, N425, N424, N423, N422, N421, N420, N419, N418, N417, N416, N415, N414, N413, N412, N411, N410, N409, N408, N407, N406, N405, N404, N403, N402, N401, N400, N399, N284 };
    end
    if(N285) begin
      { cache_block_data_o[115:17], cache_block_data_o[4:4] } <= { N398, N397, N396, N395, N394, N393, N392, N391, N390, N389, N388, N387, N386, N385, N384, N383, N382, N381, N380, N379, N378, N377, N376, N375, N374, N373, N372, N371, N370, N369, N368, N367, N366, N365, N364, N363, N362, N361, N360, N359, N358, N357, N356, N355, N354, N353, N352, N351, N350, N349, N348, N347, N346, N345, N344, N343, N342, N341, N340, N339, N338, N337, N336, N335, N334, N333, N332, N331, N330, N329, N328, N327, N326, N325, N324, N323, N322, N321, N320, N319, N318, N317, N316, N315, N314, N313, N312, N311, N310, N309, N308, N307, N306, N305, N304, N303, N302, N301, N300, N286 };
    end
    if(N287) begin
      { cache_block_data_o[16:5] } <= { N299, N298, N297, N296, N295, N294, N293, N292, N291, N290, N289, N288 };
    end
    if(N818) begin
      { flags_o[12:12] } <= { N819 };
    end
    if(N817) begin
      { flags_o[11:11] } <= { N275 };
    end
    if(N815) begin
      { flags_o[10:10] } <= { N816 };
    end
    if(N813) begin
      { flags_o[9:9] } <= { N814 };
    end
    if(N811) begin
      { flags_o[8:8] } <= { N812 };
    end
    if(N809) begin
      { flags_o[7:7] } <= { N810 };
    end
    if(N807) begin
      { flags_o[6:6] } <= { N808 };
    end
    if(N805) begin
      { flags_o[5:5] } <= { N806 };
    end
    if(N803) begin
      { flags_o[4:4] } <= { N804 };
    end
    if(N801) begin
      { flags_o[3:3] } <= { N802 };
    end
    if(N799) begin
      { flags_o[2:2] } <= { N800 };
    end
    if(N797) begin
      { flags_o[1:1] } <= { N798 };
    end
    if(N795) begin
      { flags_o[0:0] } <= { N796 };
    end
    if(N871) begin
      { gpr_o[63:48] } <= { N887, N886, N885, N884, N883, N882, N881, N880, N879, N878, N877, N876, N875, N874, N873, N872 };
    end
    if(N854) begin
      { gpr_o[47:32] } <= { N870, N869, N868, N867, N866, N865, N864, N863, N862, N861, N860, N859, N858, N857, N856, N855 };
    end
    if(N837) begin
      { gpr_o[31:16] } <= { N853, N852, N851, N850, N849, N848, N847, N846, N845, N844, N843, N842, N841, N840, N839, N838 };
    end
    if(N820) begin
      { gpr_o[15:0] } <= { N836, N835, N834, N833, N832, N831, N830, N829, N828, N827, N826, N825, N824, N823, N822, N821 };
    end
    if(N888) begin
      { ack_type_o[1:0] } <= { N890, N889 };
    end
    if(N891) begin
      { way_group_r[191:93], way_group_r[0:0] } <= { N1084, N1083, N1082, N1081, N1080, N1079, N1078, N1077, N1076, N1075, N1074, N1073, N1072, N1071, N1070, N1069, N1068, N1067, N1066, N1065, N1064, N1063, N1062, N1061, N1060, N1059, N1058, N1057, N1056, N1055, N1054, N1053, N1052, N1051, N1050, N1049, N1048, N1047, N1046, N1045, N1044, N1043, N1042, N1041, N1040, N1039, N1038, N1037, N1036, N1035, N1034, N1033, N1032, N1031, N1030, N1029, N1028, N1027, N1026, N1025, N1024, N1023, N1022, N1021, N1020, N1019, N1018, N1017, N1016, N1015, N1014, N1013, N1012, N1011, N1010, N1009, N1008, N1007, N1006, N1005, N1004, N1003, N1002, N1001, N1000, N999, N998, N997, N996, N995, N994, N993, N992, N991, N990, N989, N988, N987, N986, N892 };
    end
    if(N893) begin
      { way_group_r[92:1] } <= { N985, N984, N983, N982, N981, N980, N979, N978, N977, N976, N975, N974, N973, N972, N971, N970, N969, N968, N967, N966, N965, N964, N963, N962, N961, N960, N959, N958, N957, N956, N955, N954, N953, N952, N951, N950, N949, N948, N947, N946, N945, N944, N943, N942, N941, N940, N939, N938, N937, N936, N935, N934, N933, N932, N931, N930, N929, N928, N927, N926, N925, N924, N923, N922, N921, N920, N919, N918, N917, N916, N915, N914, N913, N912, N911, N910, N909, N908, N907, N906, N905, N904, N903, N902, N901, N900, N899, N898, N897, N896, N895, N894 };
    end
    if(N1097) begin
      { nc_data_o[63:0] } <= { nc_data_n[63:0] };
    end
  end


endmodule